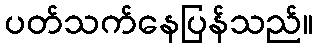
ပတ်သက်နေပြန်သည်။